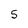
Character: 5